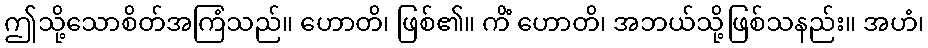
ဤသို့သောစိတ်အကြံသည်။ ဟောတိ၊ ဖြစ်၏။ ကိံ ဟောတိ၊ အဘယ်သို့ဖြစ်သနည်း။ အဟံ၊